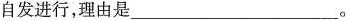
自发进行，理由是___。